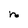
Character: n